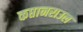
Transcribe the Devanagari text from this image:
कप्तानराउल